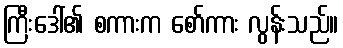
ကြီးဒေါ်၏ စကားက စော်ကား လွန်းသည်။